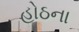
હોઠના